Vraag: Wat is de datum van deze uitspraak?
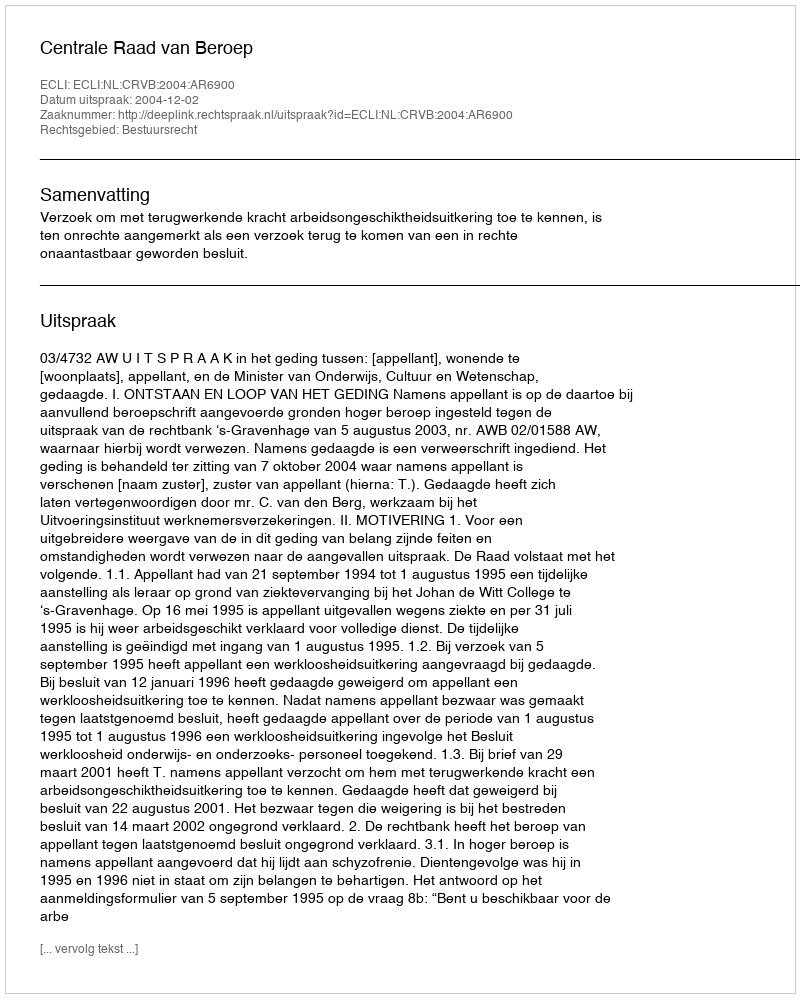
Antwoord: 2004-12-02